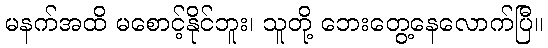
မနက်အထိ မစောင့်နိုင်ဘူး၊ သူတို့ ဘေးတွေ့နေလောက်ပြီ။